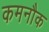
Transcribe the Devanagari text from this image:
कमनौक